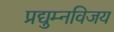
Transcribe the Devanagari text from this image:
प्रद्युम्नविजय